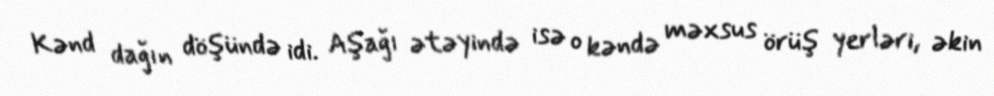
Kənd dağın döşündə idi. Aşağı ətəyində isə o kəndə məxsus örüş yerləri, əkin